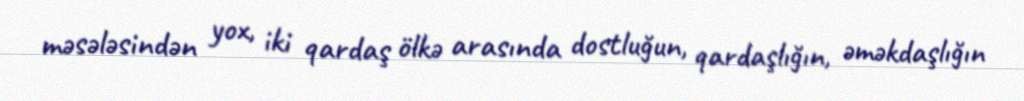
məsələsindən yox, iki qardaş ölkə arasında dostluğun, qardaşlığın, əməkdaşlığın